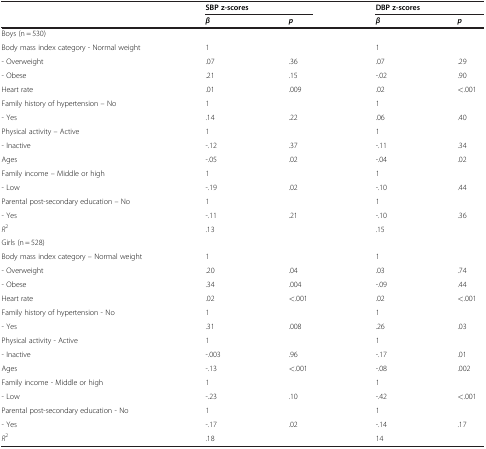
|  | <COLSPAN=2> SBP z-scores | <COLSPAN=2> DBP z-scores |
 |  | β | p | β | p |
 | --- | --- | --- | --- | --- |
 | <COLSPAN=5> Boys (n = 530) |
 | Body mass index category - Normal weight | 1 |  | 1 |  |
 | - Overweight | .07 | .36 | .07 | .29 |
 | - Obese | .21 | .15 | -.02 | .90 |
 | Heart rate | .01 | .009 | .02 | <.001 |
 | Family history of hypertension – No | 1 |  | 1 |  |
 | - Yes | .14 | .22 | .06 | .40 |
 | Physical activity – Active | 1 |  | 1 |  |
 | - Inactive | -.12 | .37 | -.11 | .34 |
 | Ages | -.05 | .02 | -.04 | .02 |
 | Family income – Middle or high | 1 |  | 1 |  |
 | - Low | -.19 | .02 | -.10 | .44 |
 | Parental post-secondary education – No | 1 |  | 1 |  |
 | - Yes | -.11 | .21 | -.10 | .36 |
 | R2 | <COLSPAN=2> .13 | <COLSPAN=2> .15 |
 | <COLSPAN=5> Girls (n = 528) |
 | Body mass index category – Normal weight | 1 |  | 1 |  |
 | - Overweight | .20 | .04 | .03 | .74 |
 | - Obese | .34 | .004 | -.09 | .44 |
 | Heart rate | .02 | <.001 | .02 | <.001 |
 | Family history of hypertension - No | 1 |  | 1 |  |
 | - Yes | .31 | .008 | .26 | .03 |
 | Physical activity - Active | 1 |  | 1 |  |
 | - Inactive | -.003 | .96 | -.17 | .01 |
 | Ages | -.13 | <.001 | -.08 | .002 |
 | Family income - Middle or high | 1 |  | 1 |  |
 | - Low | -.23 | .10 | -.42 | <.001 |
 | Parental post-secondary education - No | 1 |  | 1 |  |
 | - Yes | -.17 | .02 | -.14 | .17 |
 | R2 | <COLSPAN=2> .18 | <COLSPAN=2> 14 |